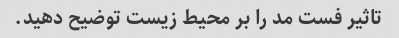
تاثیر فست مد را بر محیط زیست توضیح دهید.